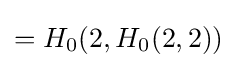
=H_{0}(2,H_{0}(2,2))